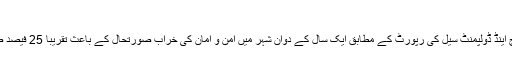
مالی نقصان : صنعتی پیداوار متاثر، 35لاکھ مزدور بے روزگار
کراچی چیمبر آف کامرس اینڈ انڈسٹری کے تحت کام کرنے والے ریسرچ اینڈ ڈولپمنٹ سیل کی رپورٹ کے مطابق ایک سال کے دوان شہر میں امن و امان کی خراب صورتحال کے باعث تقریبا ً25 فیصد صنعتی پیداوار متاثر ہوئی ہے جبکہ 35 لاکھ مزدور بیروزگار ہو گئے ۔